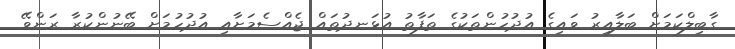
ގާބިލްކަމަށް ބަލާއިރު ވައިގެ އުދުހުންތަކުގެ ތަފާތު އުޅަނދުތައް ޖެއްސެމަަށާއި އުދުހުމަށް ބޭނުންކުރާ ރަންވޭ